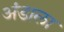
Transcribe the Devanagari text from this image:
अंडाला